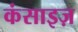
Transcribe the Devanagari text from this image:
कंसाइज़